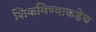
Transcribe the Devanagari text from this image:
शिकविण्याकडेच